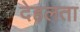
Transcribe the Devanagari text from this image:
देहलता